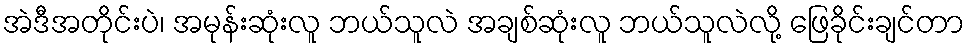
အဲဒီအတိုင်းပဲ၊ အမုန်းဆုံးလူ ဘယ်သူလဲ အချစ်ဆုံးလူ ဘယ်သူလဲလို့ ဖြေခိုင်းချင်တာ